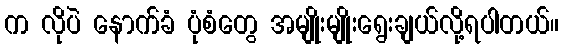
က လိုပဲ နောက်ခံ ပုံစံတွေ အမျိုးမျိုးရွေးချယ်လို့ရပါတယ်။